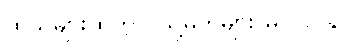
ထိုသူများထဲတွင် သူ့မိဘများ မပါဝင်နိုင်။